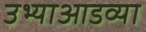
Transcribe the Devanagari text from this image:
उभ्याआडव्या